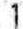
1